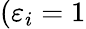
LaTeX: (\varepsilon_{i}=1